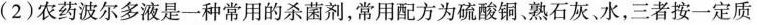
(2)农药波尔多液是一种常用的杀菌剂，常用配方为硫酸铜、熟石灰、水，三者按一定质